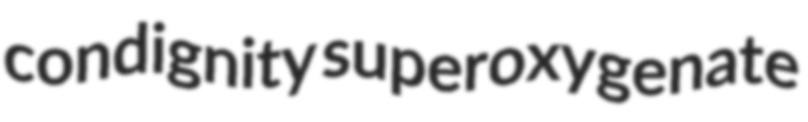
condignity superoxygenate